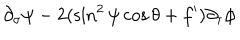
LaTeX: \partial _ { \sigma } \psi - 2 ( \sin ^ { 2 } \psi \cos \theta + f ^ { \prime } ) \partial _ { \tau } \phi